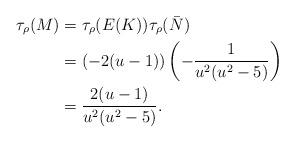
LaTeX: \begin{align*}\tau_\rho(M)&=\tau_\rho(E(K))\tau_\rho(\bar{N})\\&=(-2(u-1))\left(-\frac{1}{u^2(u^2-5)}\right)\\&=\frac{2(u-1)}{u^2(u^2-5)}.\end{align*}